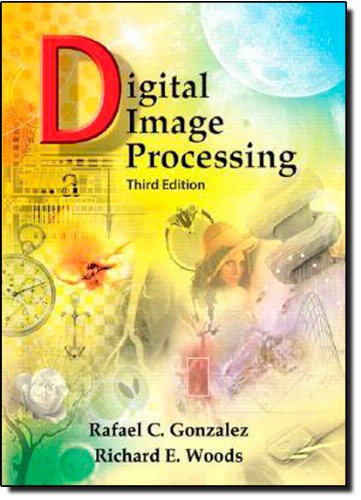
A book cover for Digital Image Processing (3rd Edition); Rafael C. Gonzalez; Engineering & Transportation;